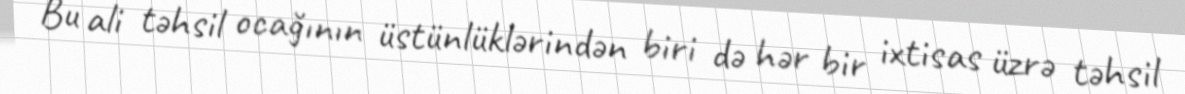
Bu ali təhsil ocağının üstünlüklərindən biri də hər bir ixtisas üzrə təhsil